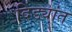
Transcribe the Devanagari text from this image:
दिंड्यांत